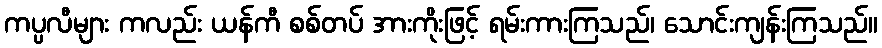
ကပ္ပလီများ ကလည်း ယန်ကီ စစ်တပ် အားကိုးဖြင့် ရမ်းကားကြသည်၊ သောင်းကျန်းကြသည်။